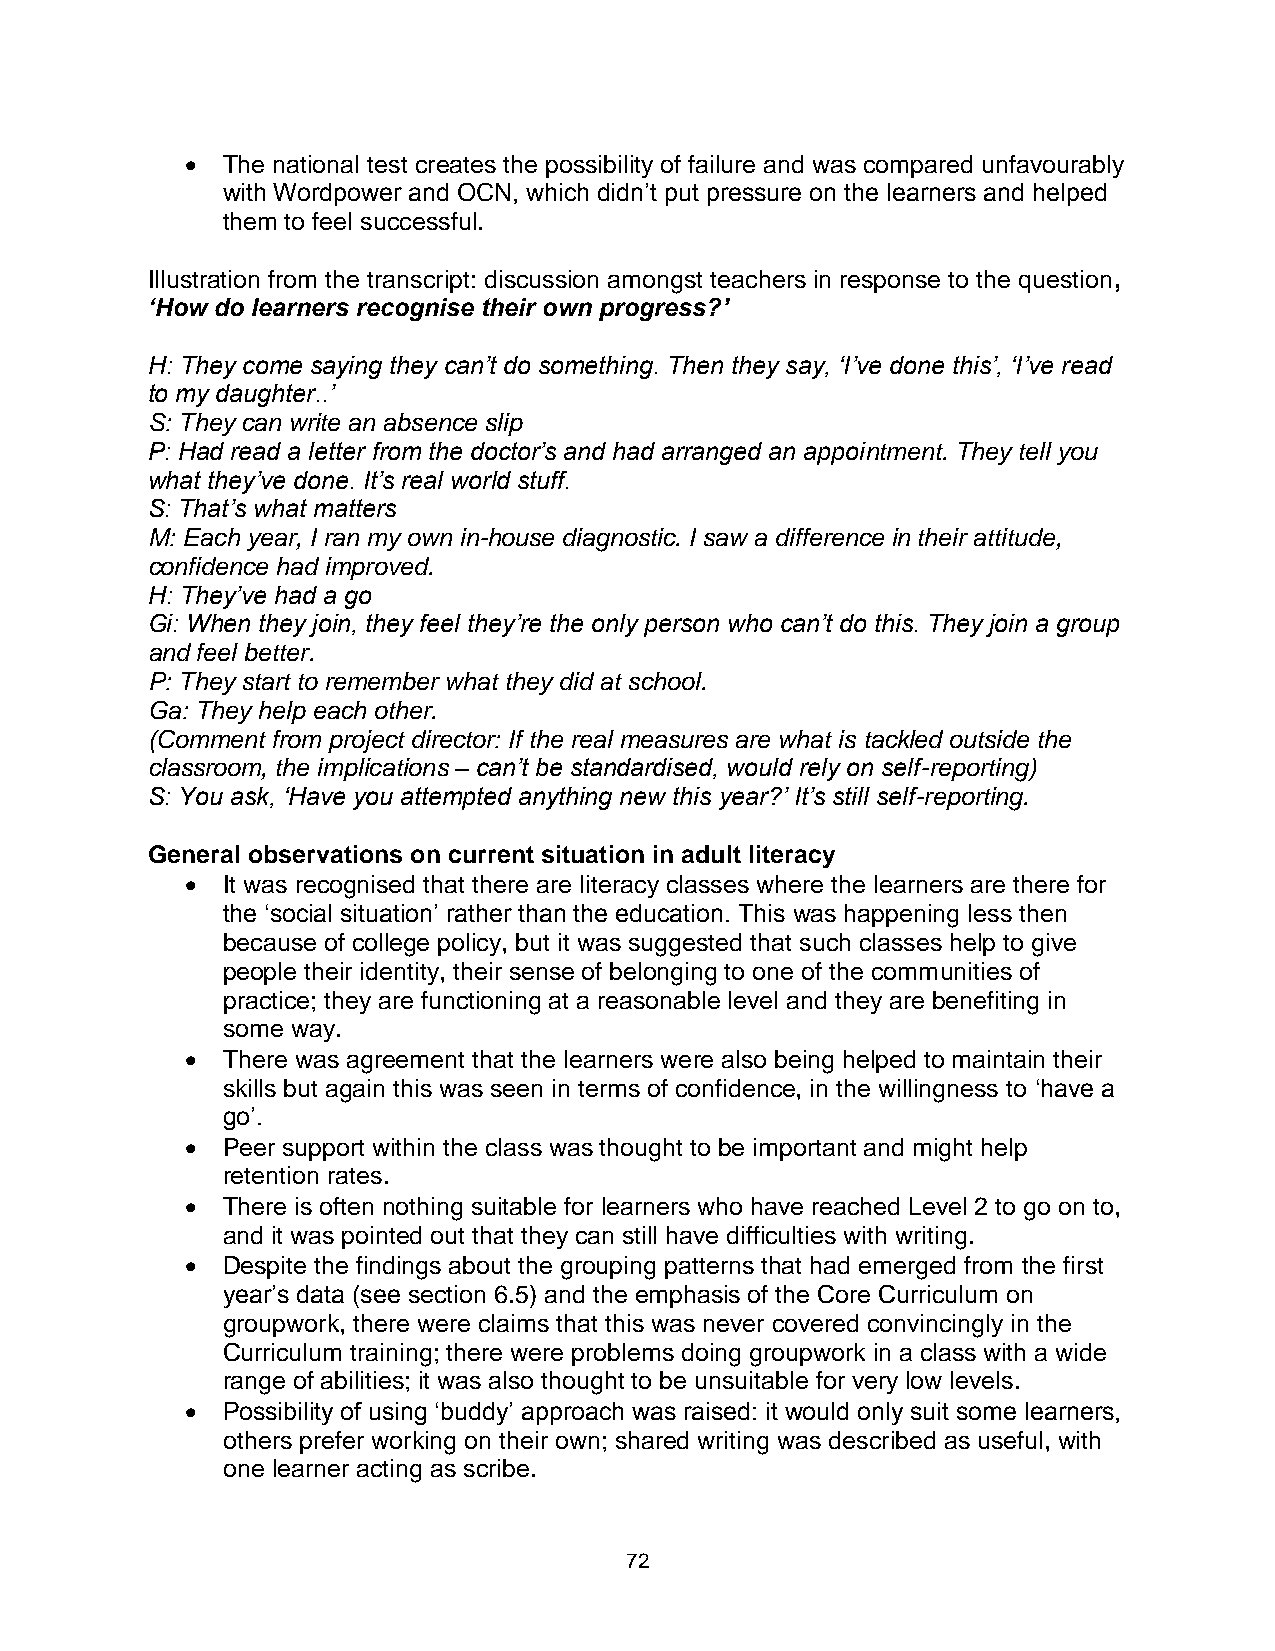
  The national test creates the possibility of failure and was compared unfavourably
 with Wordpower and OCN, which didn’t put pressure on the learners and helped
 them to feel successful.
 Illustration from the transcript: discussion amongst teachers in response to the question,
 ‘How do learners recognise their own progress?’
 H: They come saying they can’t do something. Then they say, ‘I’ve done this’, ‘I’ve read
 to my daughter..’
 S: They can write an absence slip
 P: Had read a letter from the doctor’s and had arranged an appointment. They tell you
 what they’ve done. It’s real world stuff.
 S: That’s what matters
 M: Each year, I ran my own in-house diagnostic. I saw a difference in their attitude,
 confidence had improved.
 H: They’ve had a go
 Gi: When they join, they feel they’re the only person who can’t do this. They join a group
 and feel better.
 P: They start to remember what they did at school.
 Ga: They help each other.
 (Comment from project director: If the real measures are what is tackled outside the
 classroom, the implications – can’t be standardised, would rely on self-reporting)
 S: You ask, ‘Have you attempted anything new this year?’ It’s still self-reporting.
 General observations on current situation in adult literacy
   It was recognised that there are literacy classes where the learners are there for
 the ‘social situation’ rather than the education. This was happening less then
 because of college policy, but it was suggested that such classes help to give
 people their identity, their sense of belonging to one of the communities of
 practice; they are functioning at a reasonable level and they are benefiting in
 some way.
   There was agreement that the learners were also being helped to maintain their
 skills but again this was seen in terms of confidence, in the willingness to ‘have a
 go’.
   Peer support within the class was thought to be important and might help
 retention rates.
   There is often nothing suitable for learners who have reached Level 2 to go on to,
 and it was pointed out that they can still have difficulties with writing.
   Despite the findings about the grouping patterns that had emerged from the first
 year’s data (see section 6.5) and the emphasis of the Core Curriculum on
 groupwork, there were claims that this was never covered convincingly in the
 Curriculum training; there were problems doing groupwork in a class with a wide
 range of abilities; it was also thought to be unsuitable for very low levels.
   Possibility of using ‘buddy’ approach was raised: it would only suit some learners,
 others prefer working on their own; shared writing was described as useful, with
 one learner acting as scribe.
 72